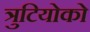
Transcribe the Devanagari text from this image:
त्रुटियोको